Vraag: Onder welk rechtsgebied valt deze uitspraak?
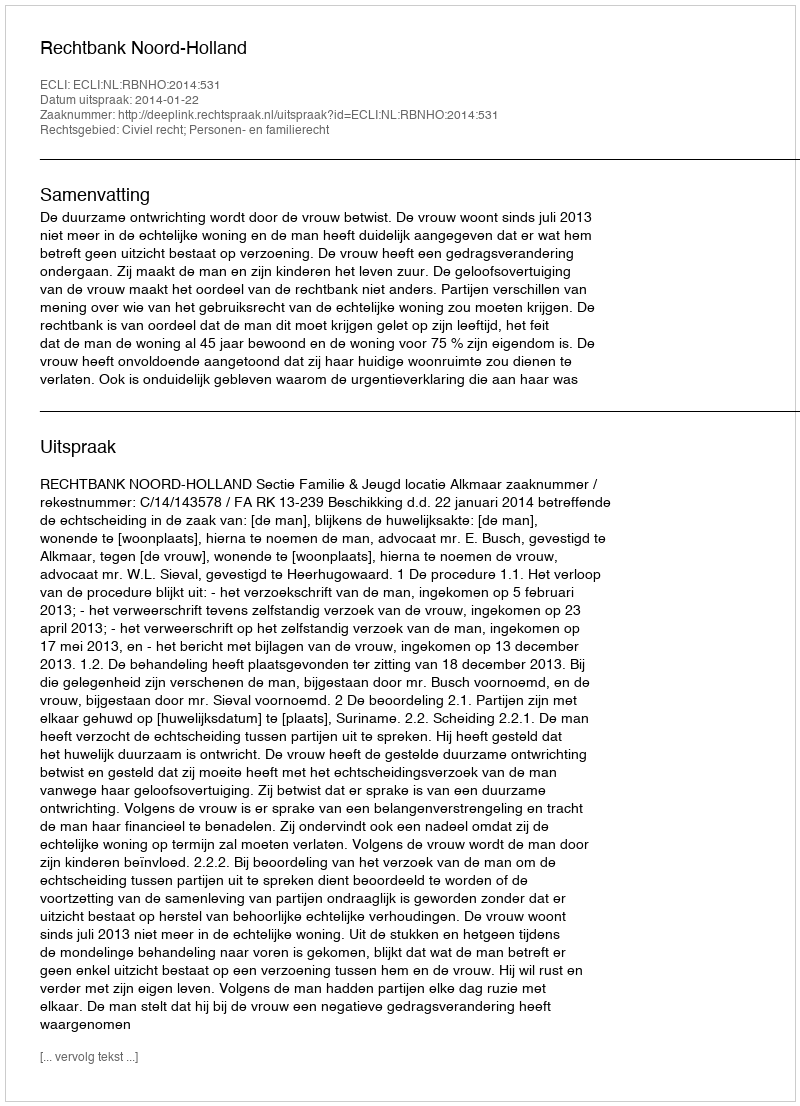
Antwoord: Civiel recht; Personen- en familierecht